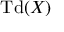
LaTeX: \operatorname { T d } ( X )